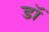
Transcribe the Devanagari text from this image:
डॉं